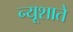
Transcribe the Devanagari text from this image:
न्यूशाते